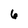
Character: 6